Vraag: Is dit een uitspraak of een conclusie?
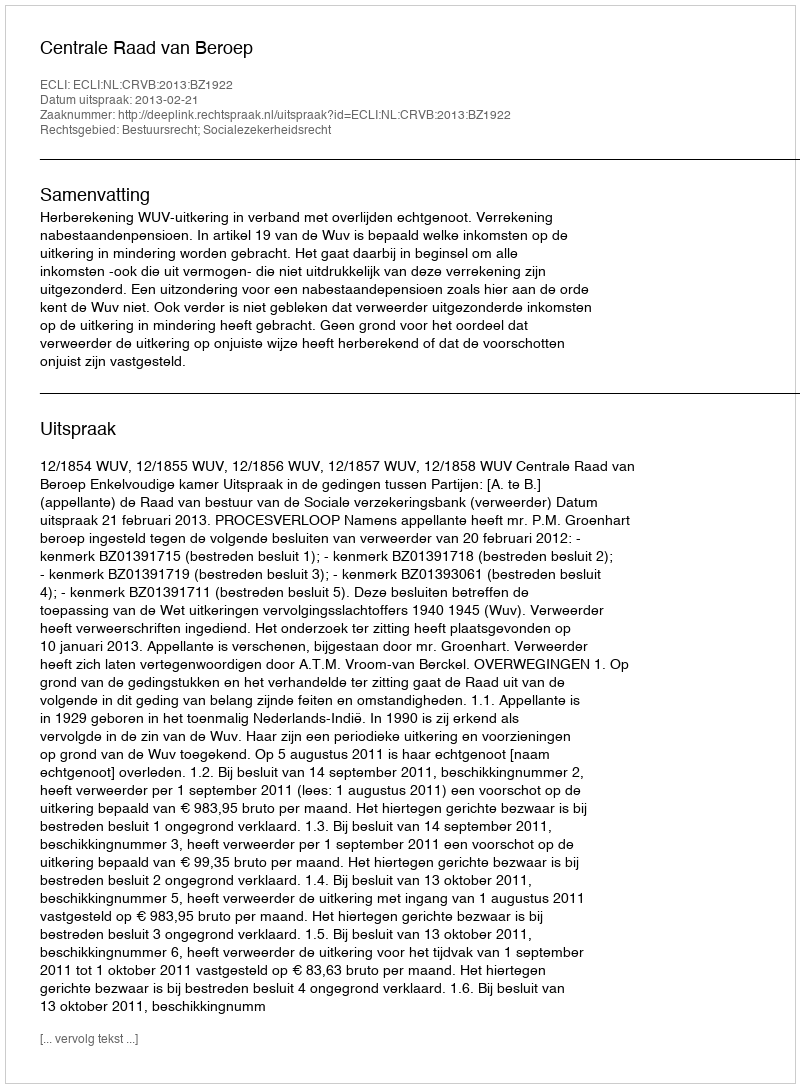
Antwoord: Uitspraak